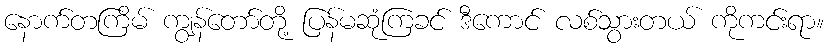
နောက်တကြိမ် ကျွန်တော်တို့ ပြန်မဆုံကြခင် ဒီကောင် လစ်သွားတယ် ကိုကင်းရာ။